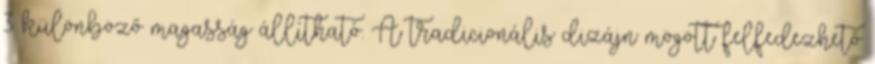
3 különböző magasság állítható. A tradicionális dizájn mögött felfedezhető